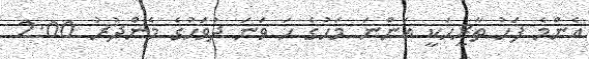
އެންމެ ފަހު ތާރީހަކީ އަންނަ މަހުގެ ހަ ވަނަ ދުވަހުގެ މެންދުރު 2:00